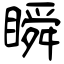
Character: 瞬